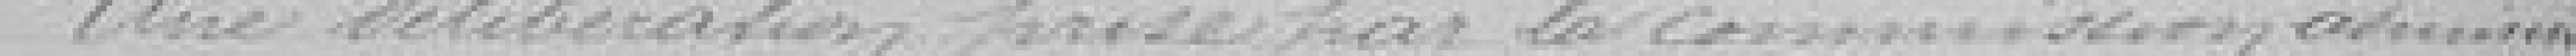
Une délibération prise par la commission adminis